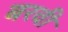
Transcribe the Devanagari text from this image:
बरवी